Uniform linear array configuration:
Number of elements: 24
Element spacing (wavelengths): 0.25
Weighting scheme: exponential
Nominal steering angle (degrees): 60
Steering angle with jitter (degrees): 61.267
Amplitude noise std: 0.05
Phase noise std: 0.05

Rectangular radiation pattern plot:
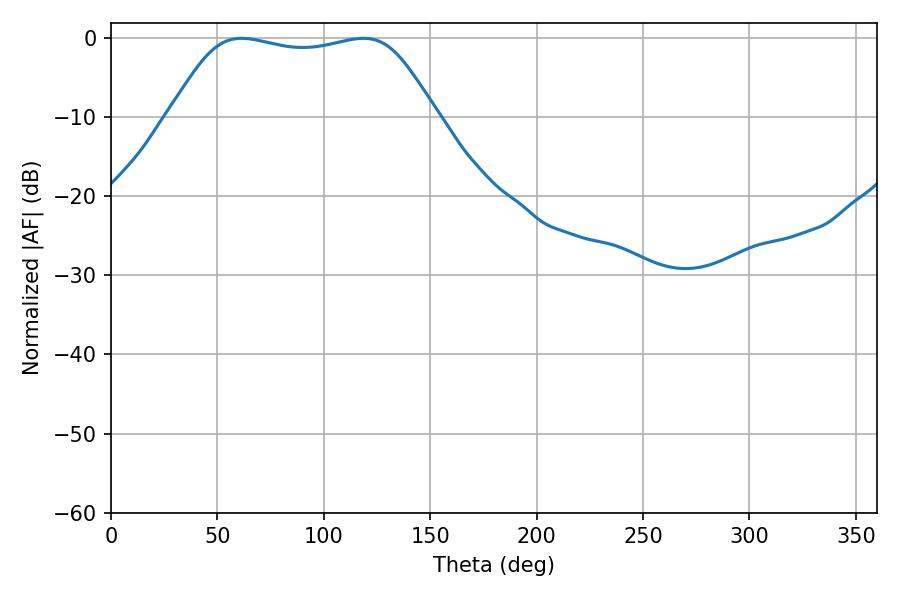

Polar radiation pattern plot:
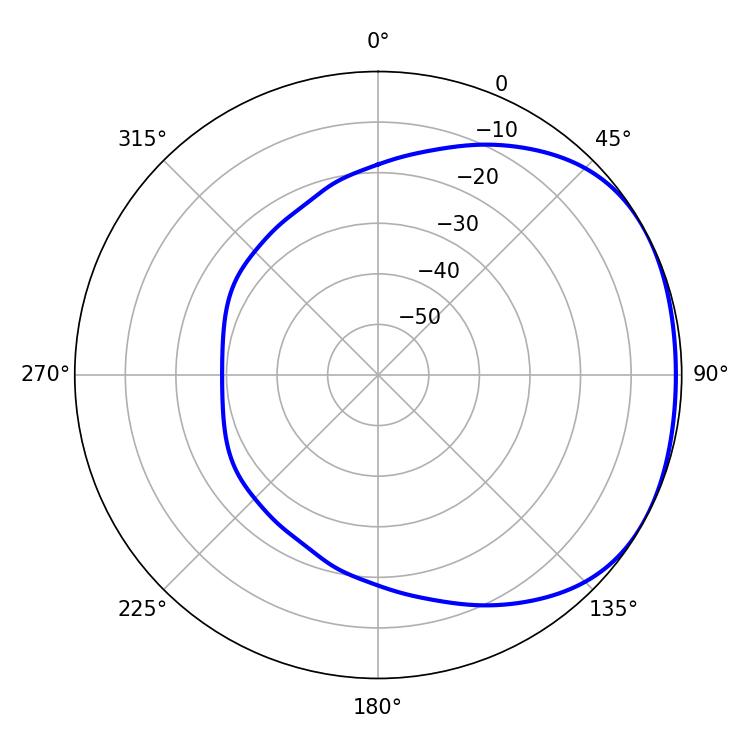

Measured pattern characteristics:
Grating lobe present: FALSE
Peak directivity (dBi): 1.671
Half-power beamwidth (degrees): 95.04
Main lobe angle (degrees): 61.38